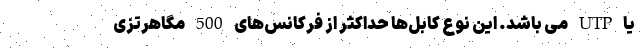
یا UTP می باشد. این نوع کابل‌ها حداکثر از فرکانس‌های 500 مگاهرتزی